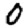
Digit: 0